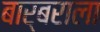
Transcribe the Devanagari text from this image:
बार्बराला